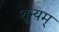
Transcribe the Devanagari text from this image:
शून्यम्